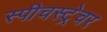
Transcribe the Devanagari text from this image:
स्पीचस्ट्रेचर